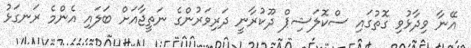
އޭނާ ވިދާޅުވި ގޮތުގައި ސްކޮލަޝިޕް ދޫކުރާނީ ދަރިވަރުންގެ ނަތީޖާއަށް ބަލައި އެންމެ ރަނގަޅު